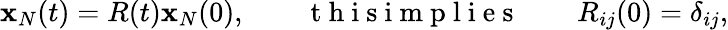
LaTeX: \begin{array}{r}{{\mathbf x}_{N}(t)=R(t){\mathbf x}_{N}(0),\qquad\mathrm{~t~h~i~s~i~m~p~l~i~e~s~}\qquad R_{ij}(0)=\delta_{ij},}\end{array}